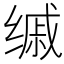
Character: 𦈚